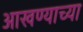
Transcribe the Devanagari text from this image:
आखण्याच्या